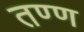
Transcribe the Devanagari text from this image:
तण्ण